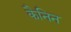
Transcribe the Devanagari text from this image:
कैनिन